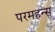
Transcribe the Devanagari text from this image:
परमहन्स